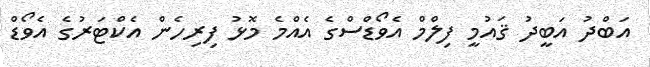
އަބްދު އަބީދު ޤައުމީ ފިލްމް އެވޯޑްސްގެ އެއްމެ މޮޅު ފިރިހެން އެކްޓަރުގެ އެވޯޑް